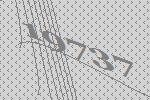
19737